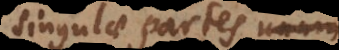
singulae partes unum